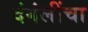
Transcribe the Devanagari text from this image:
दंगंलींचा